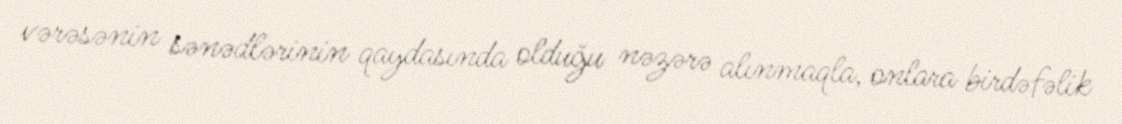
vərəsənin sənədlərinin qaydasında olduğu nəzərə alınmaqla, onlara birdəfəlik